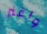
واغنر